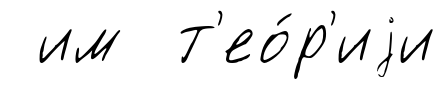
им т'ео́р'иjи